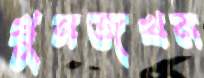
খুনজখম